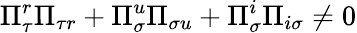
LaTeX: \Pi_{\tau}^{r}\Pi_{\tau r}+\Pi_{\sigma}^{u}\Pi_{\sigma u}+\Pi_{\sigma}^{i}\Pi_{i\sigma}\neq 0